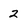
Character: 2